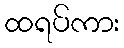
ထရပ်ကား